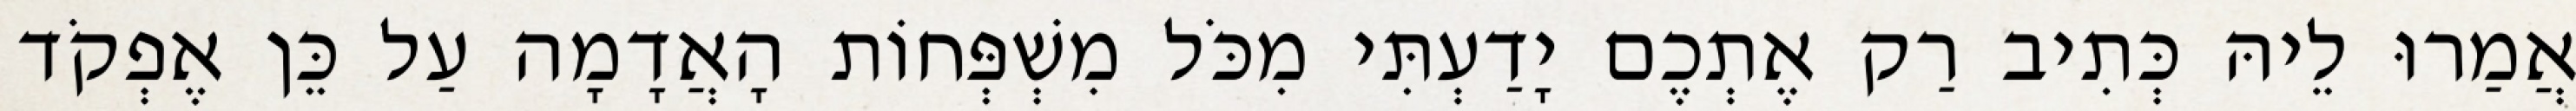
אֲמַרוּ לֵיהּ כְּתִיב רַק אֶתְכֶם יָדַעְתִּי מִכֹּל מִשְׁפְּחוֹת הָאֲדָמָה עַל כֵּן אֶפְקֹד